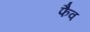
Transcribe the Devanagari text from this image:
फैव